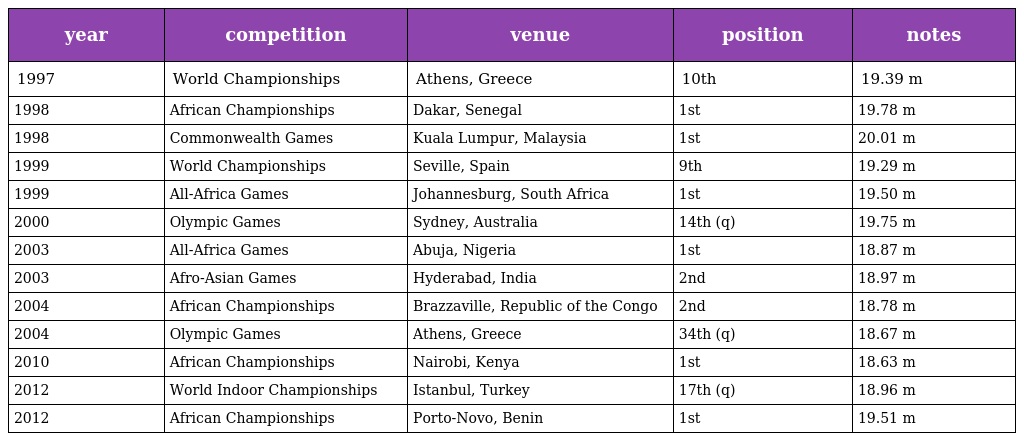
| year | competition | venue | position | notes |
 | --- | --- | --- | --- | --- |
 | 1997 | World Championships | Athens, Greece | 10th | 19.39 m |
 | 1998 | African Championships | Dakar, Senegal | 1st | 19.78 m |
 | 1998 | Commonwealth Games | Kuala Lumpur, Malaysia | 1st | 20.01 m |
 | 1999 | World Championships | Seville, Spain | 9th | 19.29 m |
 | 1999 | All-Africa Games | Johannesburg, South Africa | 1st | 19.50 m |
 | 2000 | Olympic Games | Sydney, Australia | 14th (q) | 19.75 m |
 | 2003 | All-Africa Games | Abuja, Nigeria | 1st | 18.87 m |
 | 2003 | Afro-Asian Games | Hyderabad, India | 2nd | 18.97 m |
 | 2004 | African Championships | Brazzaville, Republic of the Congo | 2nd | 18.78 m |
 | 2004 | Olympic Games | Athens, Greece | 34th (q) | 18.67 m |
 | 2010 | African Championships | Nairobi, Kenya | 1st | 18.63 m |
 | 2012 | World Indoor Championships | Istanbul, Turkey | 17th (q) | 18.96 m |
 | 2012 | African Championships | Porto-Novo, Benin | 1st | 19.51 m |